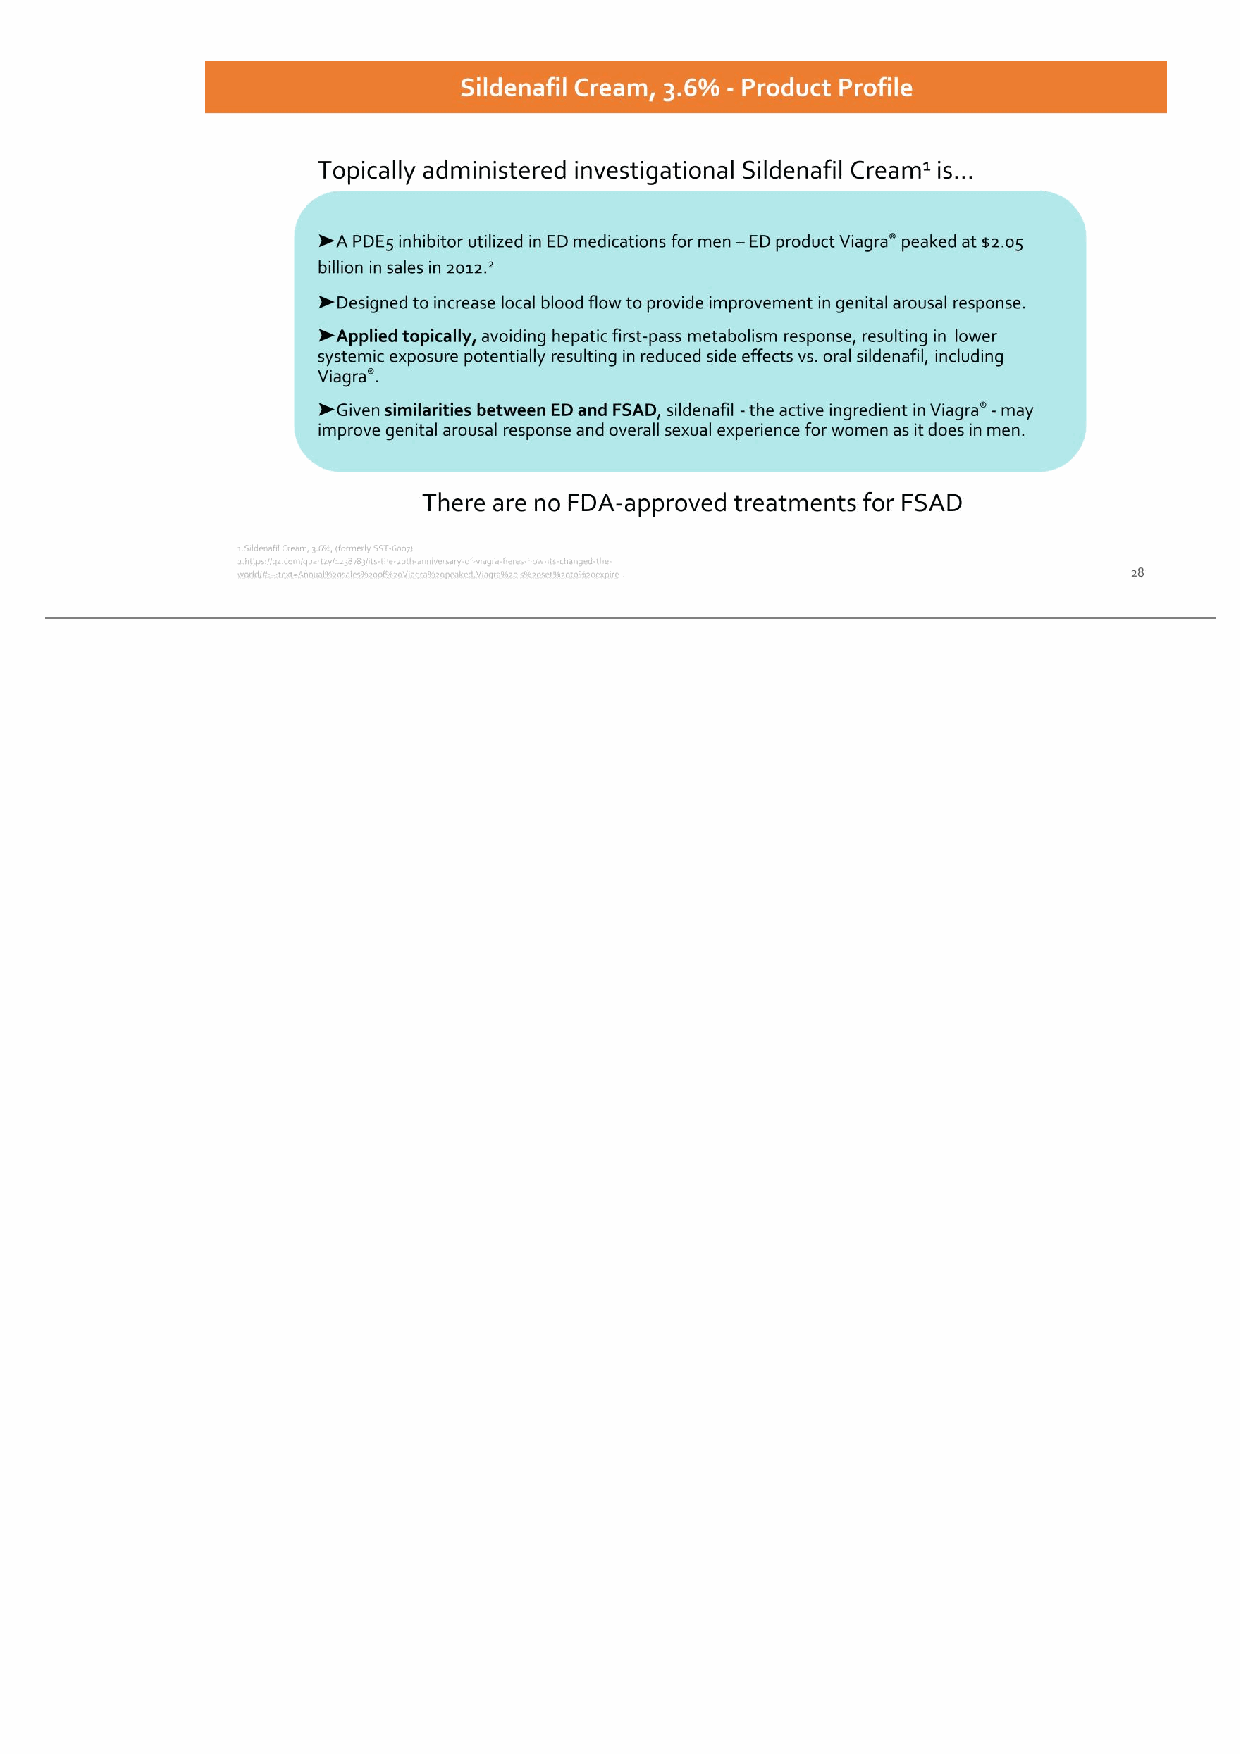
28 Sildenafil Cream, 3.6% - Product Profile ➤A PDE5 inhibitor utilized in ED medications for men – ED product Viagra® peaked at $2.05 billion in sales in 2012.2 ➤Designed to increase local blood flow to provide improvement in genital arousal response. ➤Applied topically, avoiding hepatic first-pass metabolism response, resulting in lower systemic exposure potentially resulting in reduced side effects vs. oral sildenafil, including Viagra®. ➤Given similarities between ED and FSAD, sildenafil - the active ingredient in Viagra® - may improve genital arousal response and overall sexual experience for women as it does in men. Topically administered investigational Sildenafil Cream1 is… There are no FDA-approved treatments for FSAD 1.Sildenafil Cream, 3.6%, (formerly SST-6007) 2.https://qz.com/quartzy/1238783/its-the-20th-anniversary-of-viagra-heres-how-its-changed-the- world/#:~:text=Annual%20sales%20of%20Viagra%20peaked,Viagra%20is%20set%20to%20expire .